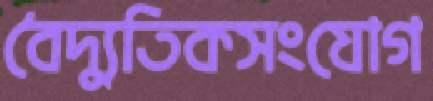
বৈদ্যুতিকসংযোগ